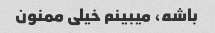
باشه، میبینم خیلی ممنون